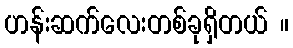
ဟန်းဆက်လေးတစ်ခုရှိတယ် ။